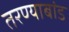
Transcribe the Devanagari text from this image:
तरण्याबांड